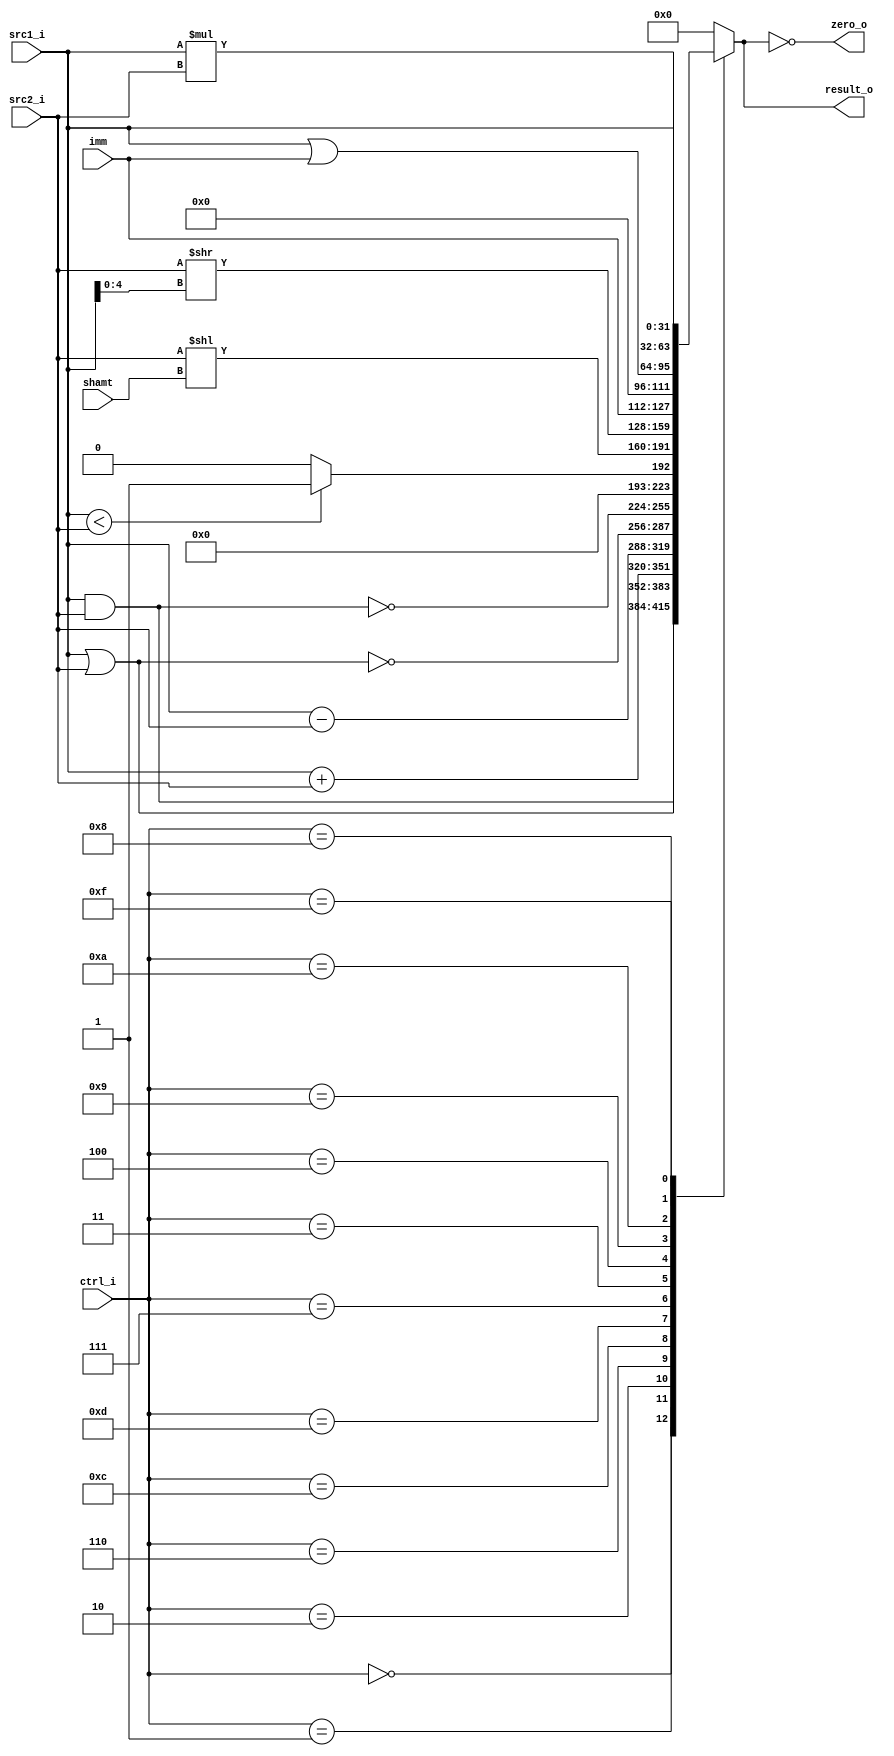
//Subject:     CO project 2 - ALU
//--------------------------------------------------------------------------------
//Version:     1
//--------------------------------------------------------------------------------
//Writer:      
//----------------------------------------------
//Date:        
//----------------------------------------------
//Description: 
//--------------------------------------------------------------------------------

module ALU(
    src1_i,
	src2_i,
	ctrl_i,
	result_o,
	zero_o,
	shamt,
	imm,
//pc_o
	);
     
//I/O ports
input  [32-1:0]  src1_i;
input  [32-1:0]	 src2_i;
input  [4-1:0]   ctrl_i;
input  [4:0]    shamt; 
input  [16-1:0] imm;

output [32-1:0]	 result_o;
output           zero_o;
//output [32-1:0]	 pc_o;

//Internal signals
reg    [32-1:0]  result_o;
reg    [32-1:0]  pc_o;
wire             zero_o;

//Parameter

//Main function

always @(*) begin
case(ctrl_i)
	4'b0000: result_o = src1_i & src2_i;//and--
        4'b0001: result_o = src1_i | src2_i;//or--
        4'b0010: result_o = src1_i + src2_i; //add --
        4'b0110: result_o = src1_i - src2_i; //sub,beq,bgt,bne
        4'b1100: result_o = ~(src1_i | src2_i); //nor
        4'b1101: result_o = ~(src1_i & src2_i); //nand
        4'b0111: result_o = src1_i < src2_i ? 1 : 0 ; //slt --
	4'b0011: result_o = src2_i << shamt;//sll
	4'b0100: result_o = src2_i >> src1_i[4:0];//slrv
	4'b1001: result_o[32-1:0] = {imm,16'b0000000000000000};//lui
	4'b1010: result_o = src1_i | {16'b0,imm};//ori
	/////////////////////////////4'b1011: result_o = (src1_i == src2_i) ? 1 : 0 ;//bne
	4'b1000: result_o = src1_i * src2_i; //mul
	4'b1111: result_o = src1_i;   //bnez bgez

	//4'b1110:
	//4'b0101: begin pc_o = src1_i ; end 

        /*4'b1000: result_o = src1_i > src2_i ? 1 : 0 ; //sgt
        4'b1001: result_o = src1_i <= src2_i ? 1 : 0 ; //sle
        4'b1010: result_o = src1_i >= src2_i ? 1 : 0 ; //sge
        4'b1011: result_o = src1_i == src2_i ? 1 : 0 ;  //seq
        4'b1110: result_o = src1_i != src2_i ? 1 : 0 ; //sne
        4'b0011: result_o = src1_i * src2_i; //mul
        4'b0100: result_o = src1_i == 0 ? 1 : 0 ; //set equal zero*/
        default: result_o = 0;
endcase
end
assign zero_o = (result_o == 0);
endmodule